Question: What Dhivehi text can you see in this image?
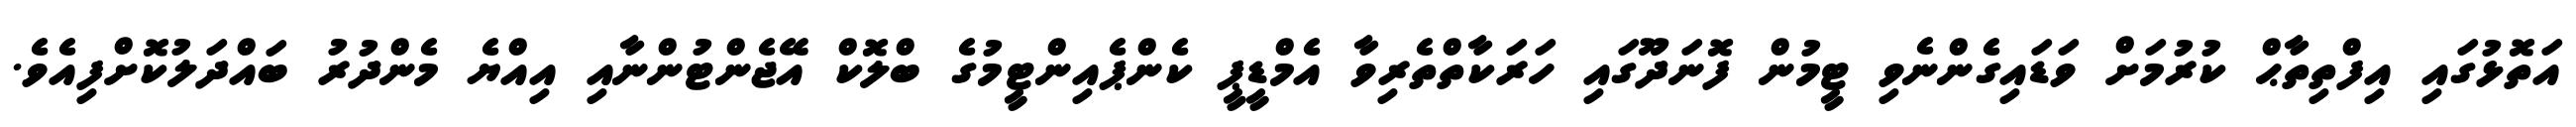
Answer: އަތޮޅުގައި އިފްތިތާޙް ކުރުމަށް ވަޑައިގެންނެވި ޓީމުން ފޮނަދޫގައި ހަރަކާތްތެރިވާ އެމްޑީޕީ ކެންޕެއިންޓީމުގެ ބްލޮކް އޭޖެންޓުންނާއި އިއްޔެ މެންދުރު ބައްދަލުކޮށްފިއެވެ.